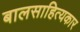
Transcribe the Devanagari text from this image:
बालसाहित्‍यकार